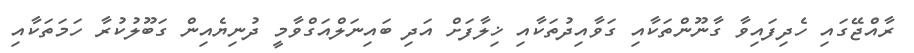
ރާއްޖޭގައި ހެދިފައިވާ ގާނޫންތަކާއި ގަވާއިދުތަކާއި ޚިލާފަށް އަދި ބައިނަލްއަގްވާމީ ދުނިޔެއިން ގަބޫލުކުރާ ހަމަތަކާއި